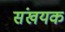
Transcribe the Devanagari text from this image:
संखयक